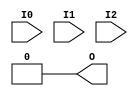
module LUT3(output O, input I0, I1, I2);
  parameter [7:0] INIT = 0;
  wire [ 3: 0] s2 = I2 ? INIT[ 7: 4] : INIT[ 3: 0];
  wire [ 1: 0] s1 = I1 ?   s2[ 3: 2] :   s2[ 1: 0];
  assign O = I0 ? s1[1] : s1[0];
  specify
    (I0 => O) = 407;
    (I1 => O) = 238;
    (I2 => O) = 127;
  endspecify
endmodule